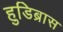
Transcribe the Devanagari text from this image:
हुडिब्रास